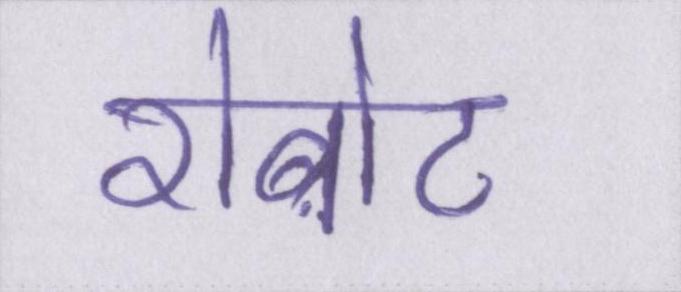
रोबोट